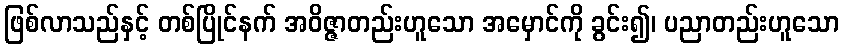
ဖြစ်လာသည်နှင့် တစ်ပြိုင်နက် အဝိဇ္ဇာတည်းဟူသော အမှောင်ကို ခွင်း၍၊ ပညာတည်းဟူသော